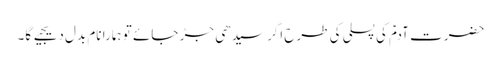
حضرتِ آدمؑ کی پسلی کی طرح اگر سیدھی جڑ جائے تو ہمارا نام بدل دیجیے گا۔